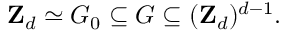
{ \bf Z } _ { d } \simeq G _ { 0 } \subseteq G \subseteq ( { \bf Z } _ { d } ) ^ { d - 1 } .